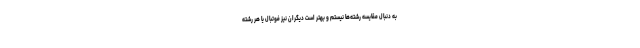
به دنبال مقایسه رشته‌ها نیستم و بهتر است دیگران نیز فوتبال یا هر رشته